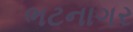
ભટનાગર